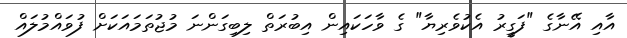
އާއި އޭނާގެ "ފަގީރު އެކުވެރިޔާ" ގެ ވާހަކައިން އިބުރަތް ލިބިގަންނަ މުޖުތަމައަކަށް ފުވައްމުލައް